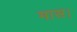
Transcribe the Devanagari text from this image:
मास।